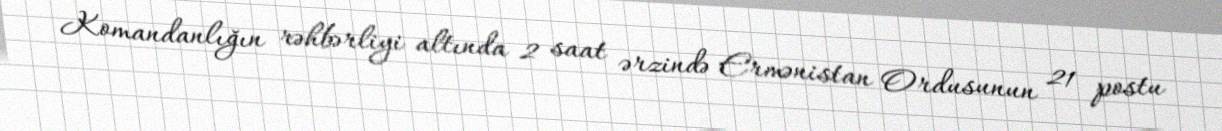
Komandanlığın rəhbərliyi altında 2 saat ərzində Ermənistan Ordusunun 21 postu